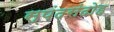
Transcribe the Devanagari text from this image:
स्पंदसंदोह